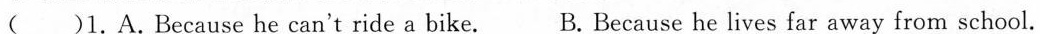
( )1.A.Because he can't ride a bike. B.Because he lives far away from school.